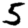
Digit: 5